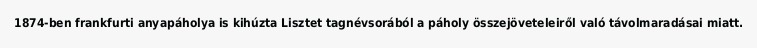
1874-ben frankfurti anyapáholya is kihúzta Lisztet tagnévsorából a páholy összejöveteleiről való távolmaradásai miatt.